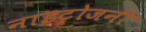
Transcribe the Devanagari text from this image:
नाइट्रोजनी